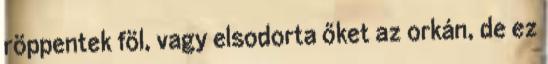
röppentek föl, vagy elsodorta őket az orkán, de ez